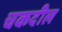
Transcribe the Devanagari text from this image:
चकदील